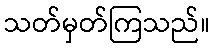
သတ်မှတ်ကြသည်။